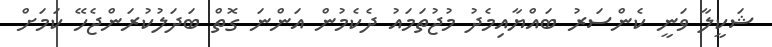
ޝަކީލާ ވަނީ ކެންސަރު ބައްޔާއިމެދު މުޖުތަމައު ދެކެމުން އަންނަ ގޮތް ބަދަލުކުރަންޖެހޭ ކަމަށް